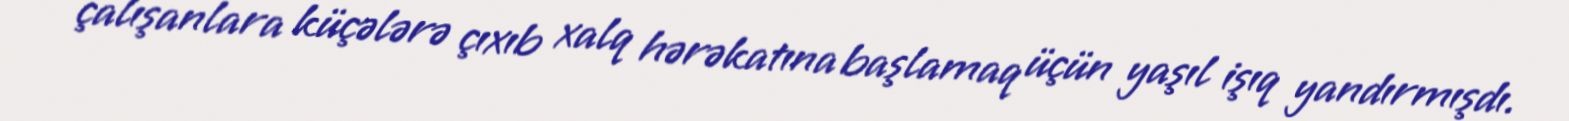
çalışanlara küçələrə çıxıb xalq hərəkatına başlamaq üçün yaşıl işıq yandırmışdı.